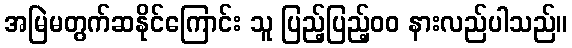
အမြဲမတွက်ဆနိုင်ကြောင်း သူ ပြည့်ပြည့်၀၀ နားလည်ပါသည်။